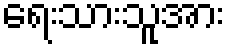
ရေးသားသူအား